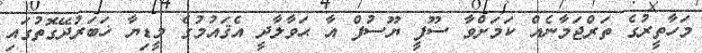
މަހާތީރުގެ ތަރްޖަމާނެއް ކަމަށްވާ ސޫފީ ޔޫސުފް އާ ޙަވާލާދީ އެޤައުމުގެ މީޑިޔާ ޚަބަރުދޭގޮތުގައި